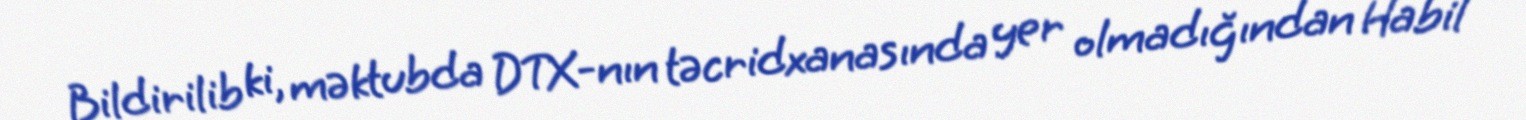
Bildirilib ki, məktubda DTX-nın təcridxanasında yer olmadığından Habil